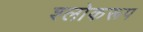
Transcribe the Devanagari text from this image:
श्लोकरूप